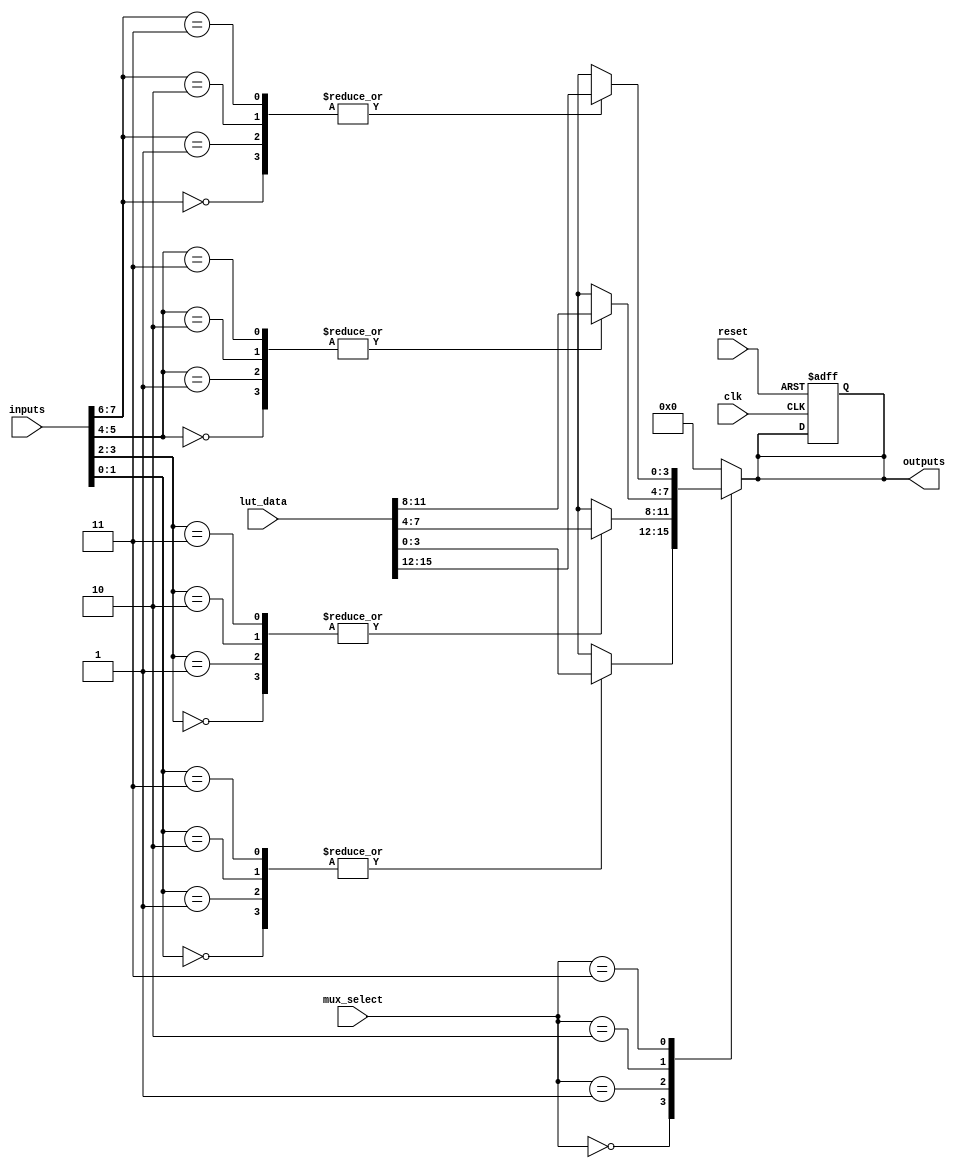
module CLB #(
    parameter NUM_LUTS = 4,
    parameter LUT_SIZE = 4,      // 2-bit inputs for example (2^LUT_SIZE = 4)
    parameter NUM_INPUTS = 8,
    parameter NUM_OUTPUTS = 4
)(
    input wire [NUM_INPUTS-1:0] inputs,           // Multiple input signals
    input wire [NUM_LUTS*LUT_SIZE-1:0] lut_data,  // Configuration data for each LUT
    input wire [NUM_OUTPUTS-1:0] mux_select,       // Mux select lines for outputs
    input wire clk,                                 // Clock signal for registers
    input wire reset,                               // Reset signal for registers
    output reg [NUM_OUTPUTS-1:0] outputs          // Outputs from the CLB
);
    
    // LUTs implementation
    reg [LUT_SIZE-1:0] lut_out [0:NUM_LUTS-1];
    
    // Generate the LUT outputs based on input signals
    genvar i;
    generate
        for (i = 0; i < NUM_LUTS; i = i + 1) begin : lut_gen
            always @* begin
                case (inputs[2*i +: 2]) // Assuming 2-bit inputs to each LUT
                    2'b00: lut_out[i] = lut_data[4*i +: 4]; // 4 bits for each LUT
                    2'b01: lut_out[i] = lut_data[4*i +: 4];
                    2'b10: lut_out[i] = lut_data[4*i +: 4];
                    2'b11: lut_out[i] = lut_data[4*i +: 4];
                    default: lut_out[i] = 4'b0000; // Default case
                endcase
            end
        end
    endgenerate
    
    // MUXes for selecting outputs
    always @* begin
        case (mux_select)
            0: outputs = lut_out[0];
            1: outputs = lut_out[1];
            2: outputs = lut_out[2];
            3: outputs = lut_out[3];
            default: outputs = {NUM_OUTPUTS{1'b0}}; // Default state
        endcase
    end
    
    // Register storage for synchronous design
    reg [NUM_OUTPUTS-1:0] reg_out;

    always @(posedge clk or posedge reset) begin
        if (reset)
            reg_out <= {NUM_OUTPUTS{1'b0}}; // Initialize registers to 0 on reset
        else
            reg_out <= outputs; // Store output values in registers
    end

    // Final outputs can be the registers or direct outputs depending on your design
    assign outputs = reg_out; // For synchronous output
    // Optional: assign outputs = outputs; // For directly combinational outputs

endmodule